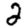
Digit: 2